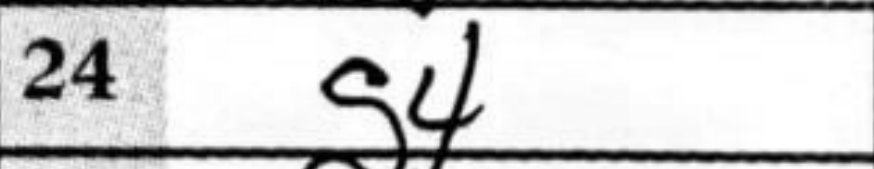
Transcription: g4